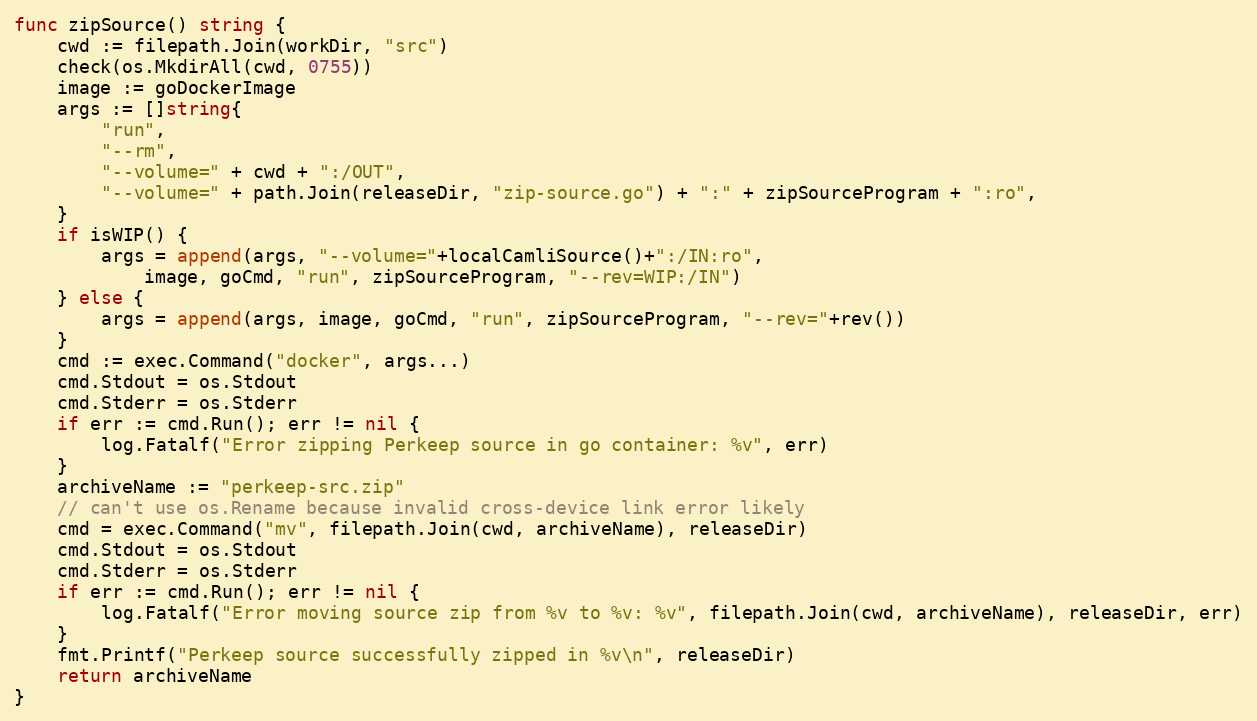
Language: Go
func zipSource() string {
	cwd := filepath.Join(workDir, "src")
	check(os.MkdirAll(cwd, 0755))
	image := goDockerImage
	args := []string{
		"run",
		"--rm",
		"--volume=" + cwd + ":/OUT",
		"--volume=" + path.Join(releaseDir, "zip-source.go") + ":" + zipSourceProgram + ":ro",
	}
	if isWIP() {
		args = append(args, "--volume="+localCamliSource()+":/IN:ro",
			image, goCmd, "run", zipSourceProgram, "--rev=WIP:/IN")
	} else {
		args = append(args, image, goCmd, "run", zipSourceProgram, "--rev="+rev())
	}
	cmd := exec.Command("docker", args...)
	cmd.Stdout = os.Stdout
	cmd.Stderr = os.Stderr
	if err := cmd.Run(); err != nil {
		log.Fatalf("Error zipping Perkeep source in go container: %v", err)
	}
	archiveName := "perkeep-src.zip"
	// can't use os.Rename because invalid cross-device link error likely
	cmd = exec.Command("mv", filepath.Join(cwd, archiveName), releaseDir)
	cmd.Stdout = os.Stdout
	cmd.Stderr = os.Stderr
	if err := cmd.Run(); err != nil {
		log.Fatalf("Error moving source zip from %v to %v: %v", filepath.Join(cwd, archiveName), releaseDir, err)
	}
	fmt.Printf("Perkeep source successfully zipped in %v\n", releaseDir)
	return archiveName
}